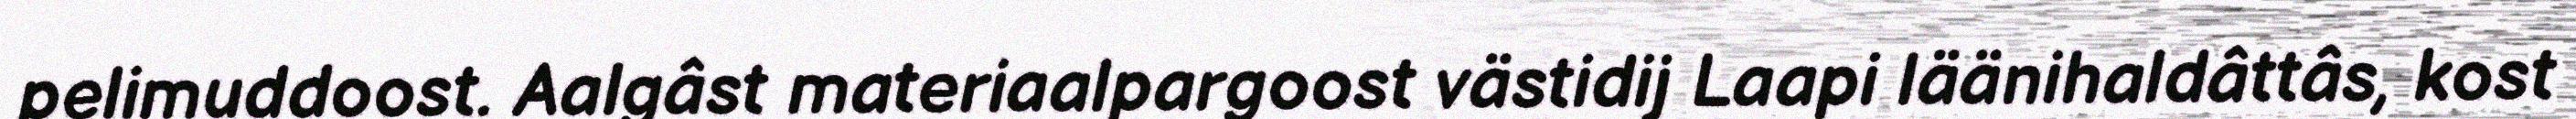
pelimuddoost. Aalgâst materiaalpargoost västidij Laapi läänihaldâttâs, kost